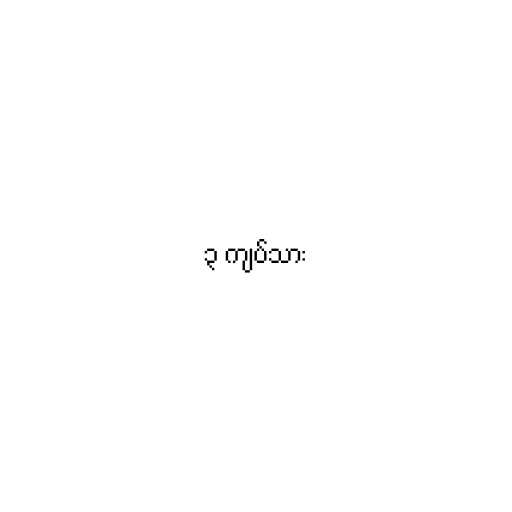
၃ ကျပ်သား